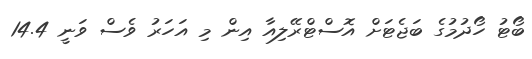
ބޯޓު ހޯދުމުގެ ބަޖެޓަށް އޮސްޓްރޭލިއާ އިން މި އަހަރު ވެސް ވަނީ 14.4